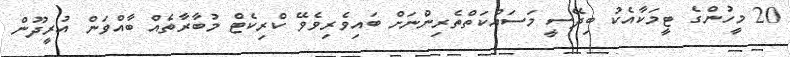
20 މީހުންގެ ޓީމަކާއެކު ބިދޭސީ މަސައްކަތްތެރިންނަށް ބައިވެރިވެވޭ ކްރިކެޓް މުބާރާތެއް ބާއްވަން އުރީދޫން